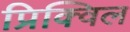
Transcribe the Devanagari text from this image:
प्रिक्विल